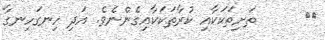
١٨      ތަށިތަކަކާއި ކުރާތަކަކާއިގެންނެވެ. އަދި ހިނގަހިނގާ